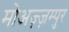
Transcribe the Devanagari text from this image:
मोअज़्ज़म्पुर